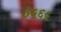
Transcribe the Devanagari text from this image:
०५६५